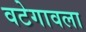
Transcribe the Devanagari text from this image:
वटेगावला